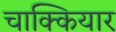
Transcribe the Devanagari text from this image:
चाक्कियार